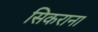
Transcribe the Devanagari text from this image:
सिकराना